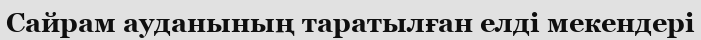
Сайрам ауданының таратылған елді мекендері